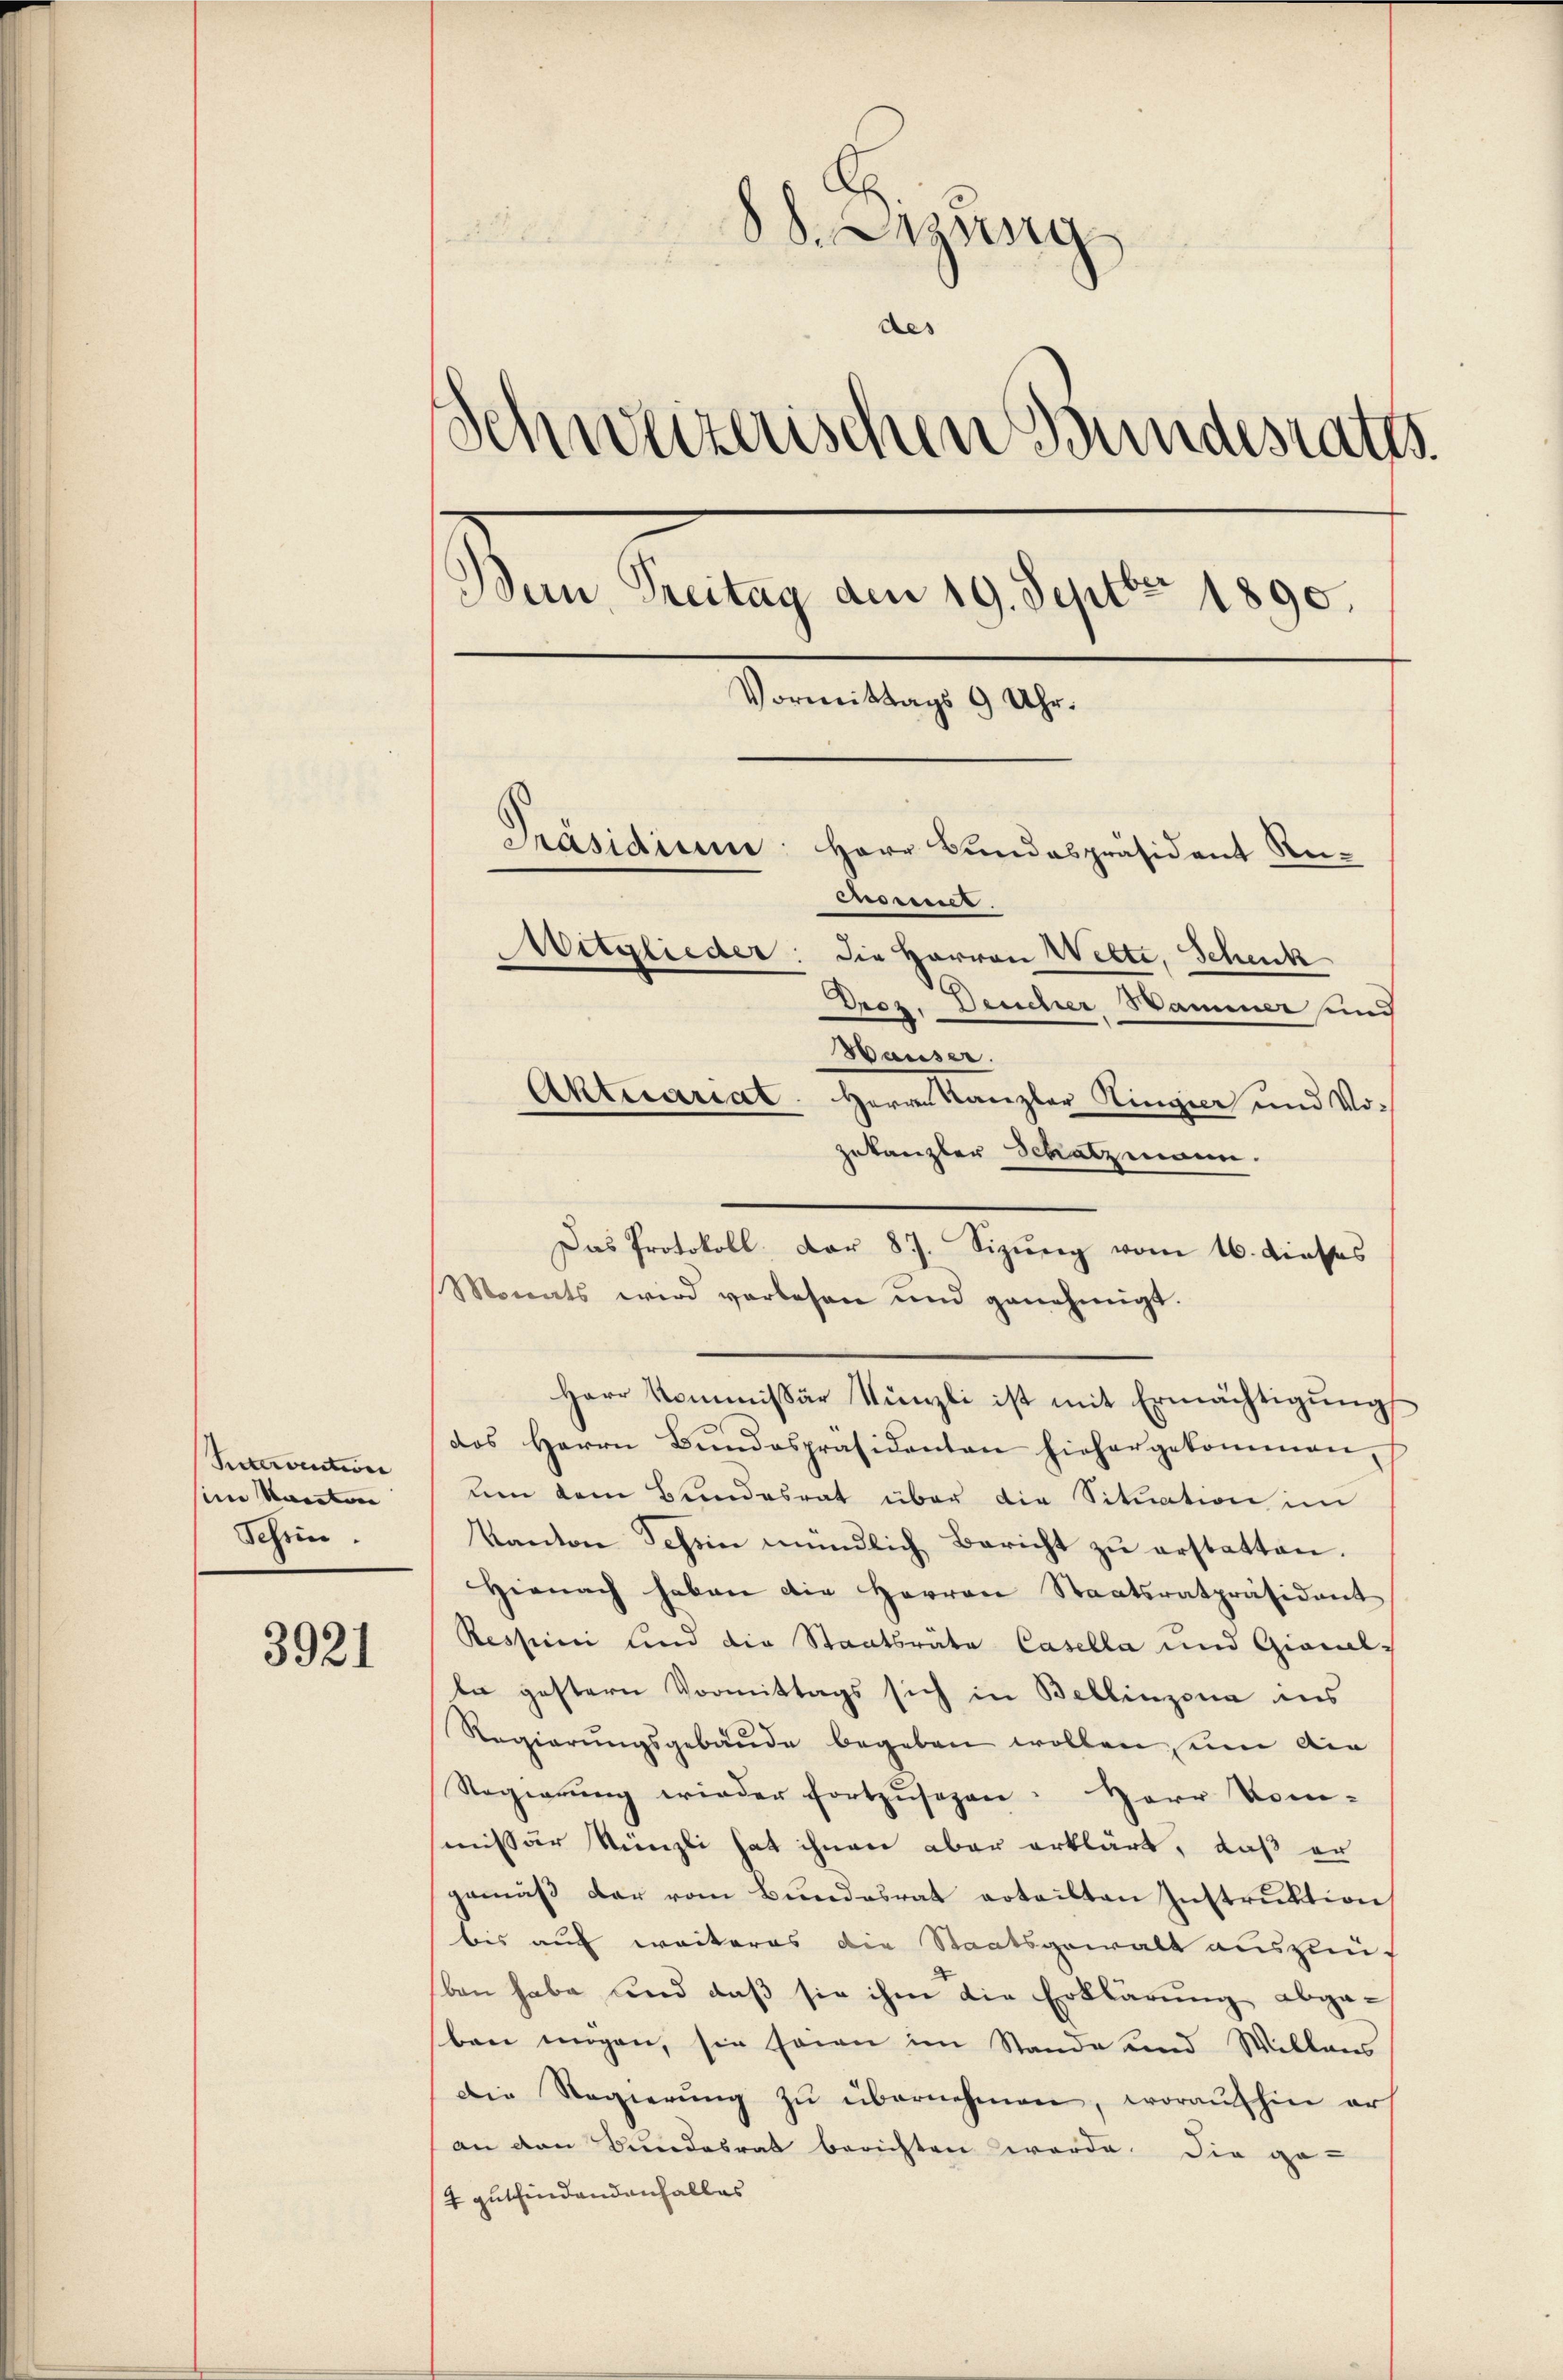
Stervention
seine Kanton
Schein

3921

88. Letzung

des
Schweizerischen Bundesraths.
Bun, Treitag den 19. Septbr 1890.
Vormittags 9 Uhr.
Präsidium: Herr Bundespräsident Ruensmet
Witglieder: die Herren Welte, Schenk
Drez. Deucher Sammer und
Hauser.
Aktuariat. Herrn Kanzler Kingier und Vo¬

zukanzler Schatzmann.
Monats wird verlesen und genehmigt.
Herr Kommissär Künzli ist mit Ermächtigung
des Herrn Bŭndespräsidenten hiehergekommen
um dem Bundesrat über die Situation im
Kanton Tessin mündlich Bericht zŭ erstatten.
Hienach haben die Herren Staatsratpräsident
Ressini und die Staatsräte Casella und Gionel-
ta gestern Vormittags sich in Bellinzona ins
Regierŭngsgebäŭde begeben wollen seine die
Regierŭng wieder fortzŭsehen: Herr Kom-
missär Künzli hat ihnen aber erklärt, daß er
gemäß der vom Bundesrat erteilten Instruktion
bis auf weiteres die Staatsgewalt auszuü
ben habe und daß sie ihm die Erklärung abgaben mögen, sie sowie im Stande und Willens
Die Regierŭng zŭ übernehmen, woraufhin er
an den Bundesrat berichten werde. Die ge-
4 gutfindendanhalles

Das Protokoll, Dor 87. Sizŭng vom 16. dieses